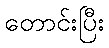
တောင်းပြီး